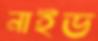
নাইভ